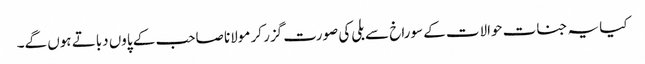
کیا یہ جنات حوالات کے سوراخ سے بلی کی صورت گزر کر مولانا صاحب کے پاوں دباتے ہوں گے۔